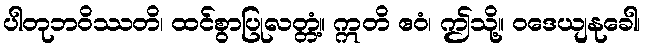
ပါတုဘဝိဿတိ၊ ထင်စွာပြုလတ္တံ့။ ဣတိ ဧဝံ၊ ဤသို့။ ဝဒေယျနုခေါ၊